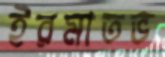
ইরমাতভ